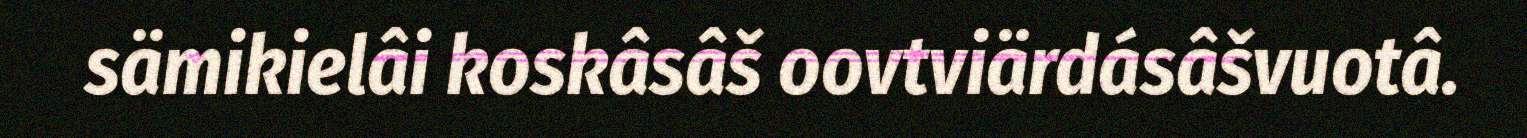
sämikielâi koskâsâš oovtviärdásâšvuotâ.